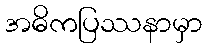
အဓိကပြဿနာမှာ